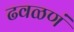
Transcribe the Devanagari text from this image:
ढवळणं